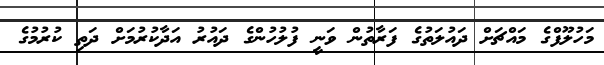
މަހުލޫފްގެ މައްޗަށް ދައުލަތުގެ ފަރާތުން ވަނީ ފުލުހުންގެ ދައުރު އަދާކުރުމަށް ދަތި ކުރުމުގެ